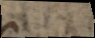
u